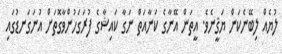
ލުޔެއް ލިބޭނެކަން ޔަޤީނެވެ. އީތަން އޭނާގެ ކަނާއަތް ނަގާ ކައިޝާގެ ފުރަގަހުންވާގޮތަށް އުނަގަނޑުގައި